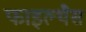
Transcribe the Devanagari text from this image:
फाइल्थैस